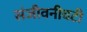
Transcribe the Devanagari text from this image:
संजीवनीवटी